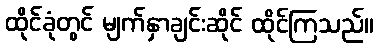
ထိုင်ခုံတွင် မျက်နှာချင်းဆိုင် ထိုင်ကြသည်။